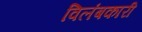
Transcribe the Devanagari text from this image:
विलंबकारी